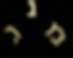
מנג